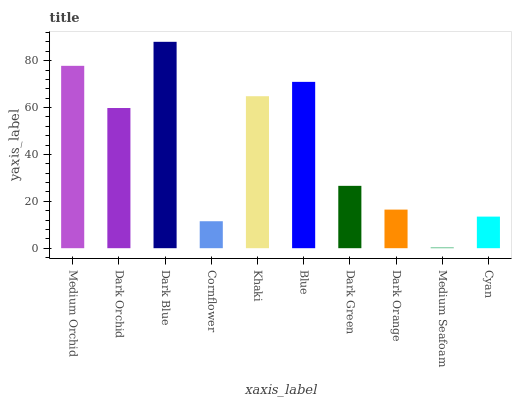
| xaxis_label | bars |
 | --- | --- |
 | Medium Orchid | 77.8 |
 | Dark Orchid | 59.8 |
 | Dark Blue | 88.1 |
 | Cornflower | 11.5 |
 | Khaki | 64.9 |
 | Blue | 71 |
 | Dark Green | 26.6 |
 | Dark Orange | 16.5 |
 | Medium Seafoam | 0.32 |
 | Cyan | 13.5 |